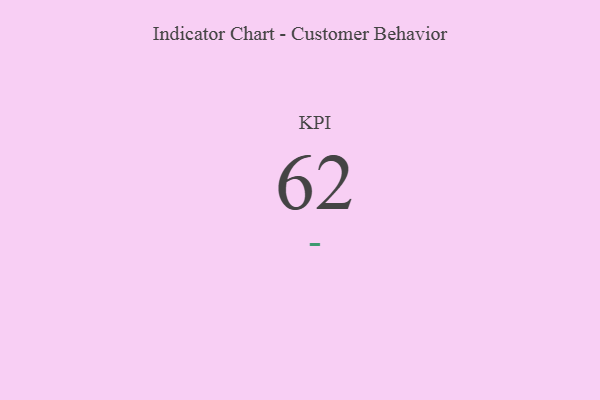
{"axis": {"x": "KPI", "y": "Value"}, "legend": [""], "data": [{"x": "KPI", "y": 62, "type": ""}]}